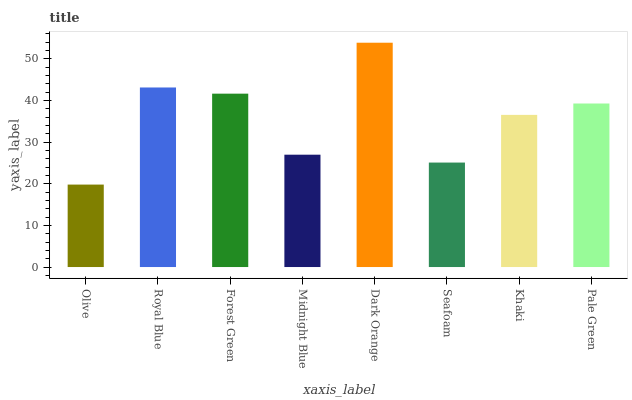
| xaxis_label | bars |
 | --- | --- |
 | Olive | 19.8 |
 | Royal Blue | 43.1 |
 | Forest Green | 41.6 |
 | Midnight Blue | 27 |
 | Dark Orange | 53.9 |
 | Seafoam | 25.1 |
 | Khaki | 36.5 |
 | Pale Green | 39.3 |